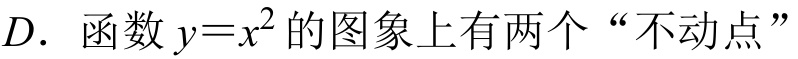
\(D\). 函数\(y = x^{2}\)的图象上有两个“不动点”